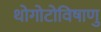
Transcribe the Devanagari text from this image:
थोगोटोविषाणु